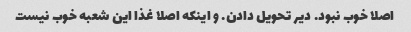
اصلا خوب نبود. دیر تحویل دادن. و اینکه اصلا غذا این شعبه خوب نیست